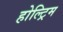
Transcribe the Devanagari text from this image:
होल्ट्रिम